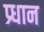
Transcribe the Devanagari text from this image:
प्र्धान